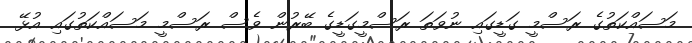
މަސައްކަތުގެ ރަސްމީ ގަޑީގައި ނުވަތަ ރަސްމީގަޑީގެ ބޭރުން ވެސް ރަސްމީ މަސައްކަތުގައި އުޅޭ